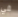
في